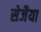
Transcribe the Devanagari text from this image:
सेजैया